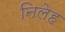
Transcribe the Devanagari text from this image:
निलेह